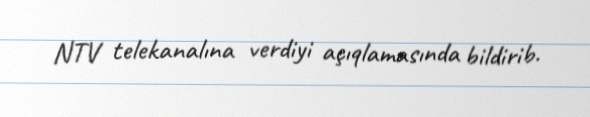
NTV telekanalına verdiyi açıqlamasında bildirib.